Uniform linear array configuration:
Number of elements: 16
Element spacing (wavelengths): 0.75
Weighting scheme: exponential
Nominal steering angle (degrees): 60
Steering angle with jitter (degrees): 59.491
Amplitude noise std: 0.05
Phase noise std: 0.05

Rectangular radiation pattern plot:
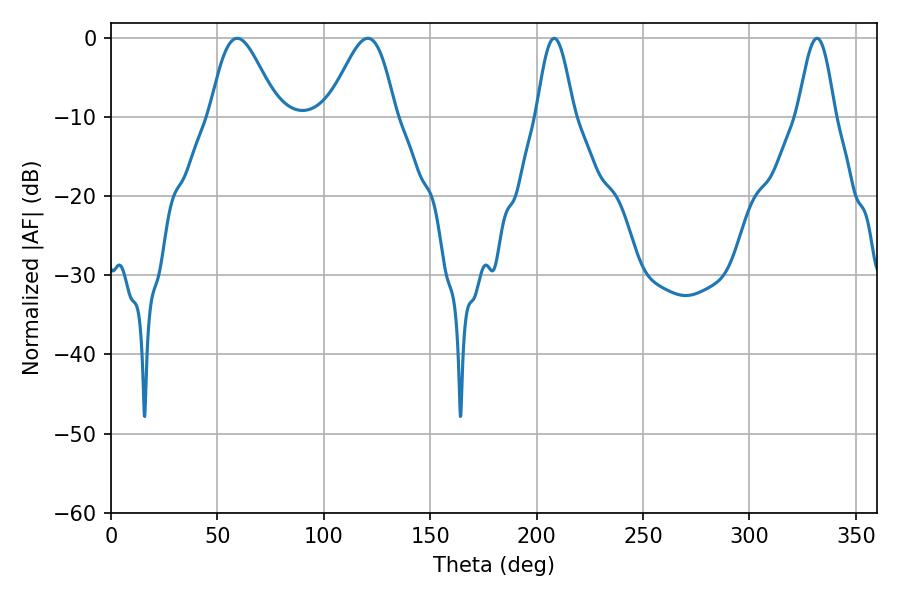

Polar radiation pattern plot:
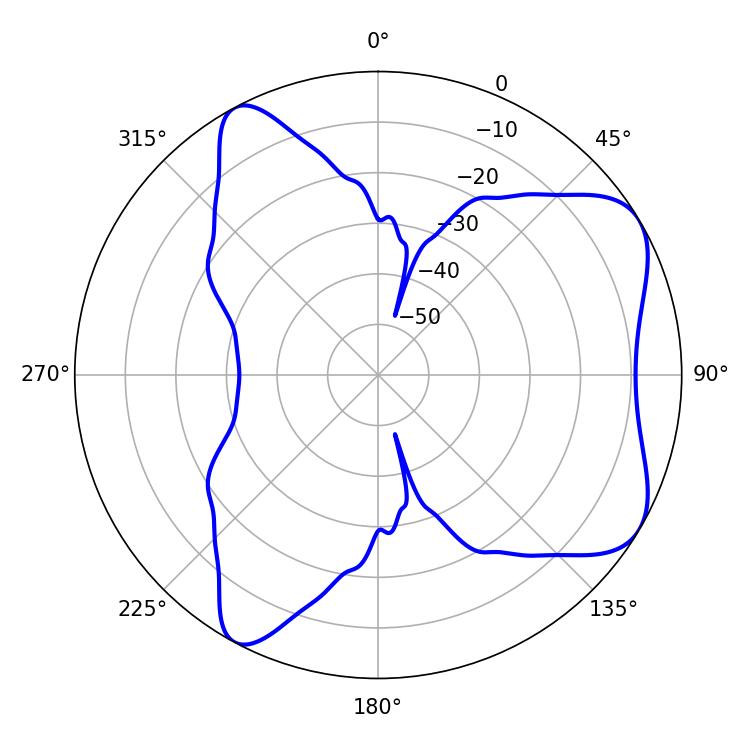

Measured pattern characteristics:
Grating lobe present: TRUE
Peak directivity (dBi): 6.63
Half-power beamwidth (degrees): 9.36
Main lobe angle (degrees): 208.26